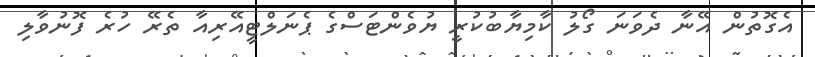
އެގޮތުން އޭނާ ދެވަނަ ގޯލު ކާމިޔާބުކުރީ ޔުވެންޓަސްގެ ޕެނަލްޓީއޭރިއާ ތެރޭ ހުރެ ފޮނުވާލި